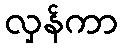
လှန်ကာ